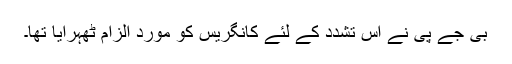
بی جے پی نے اس تشدد کے لئے کانگریس کو مورد الزام ٹھہرایا تھا۔